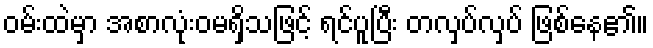
ဝမ်းထဲမှာ အစာလုံးဝမရှိသဖြင့် ရင်ပူပြီး တလှပ်လှပ် ဖြစ်နေ၏။